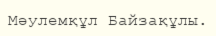
Мәулемқұл Байзақұлы.